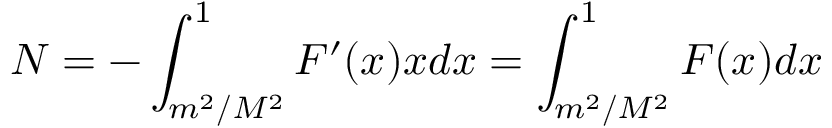
N = - \int _ { m ^ { 2 } / M ^ { 2 } } ^ { 1 } F ^ { \prime } ( x ) x d x = \int _ { m ^ { 2 } / M ^ { 2 } } ^ { 1 } F ( x ) d x